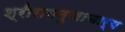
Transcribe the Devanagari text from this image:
श्रीरामनुजाचार्य